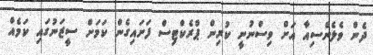
ދެން ވެލެންސިއާ އަށް ވިސްނުނީ ކުރިން ޕްރެކްޓިސް ފަށައިގެން ކަމަށް ސީޒަނުގައި ކަމެއް